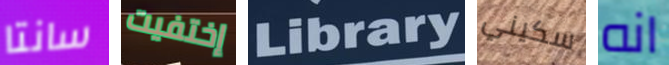
سانتا إختفيت Library سكيني انه